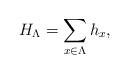
LaTeX: \begin{align*}H_\Lambda=\sum_{x\in\Lambda} h_x,\end{align*}